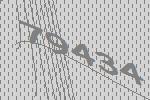
79434